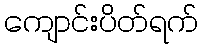
ကျောင်းပိတ်ရက်